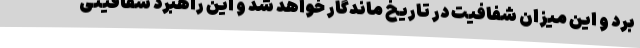
برد و این میزان شفافیت در تاریخ ماندگار خواهد شد و این راهبرد شفافیتی